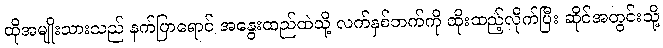
ထိုအမျိုးသားသည် နက်ပြာရောင် အနွေးထည်ထဲသို့ လက်နှစ်ဘက်ကို ထိုးထည့်လိုက်ပြီး ဆိုင်အတွင်းသို့